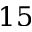
1 5